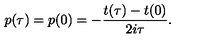
p ( \tau ) = p ( 0 ) = - { \frac { t ( \tau ) - t ( 0 ) } { 2 i \tau } } .